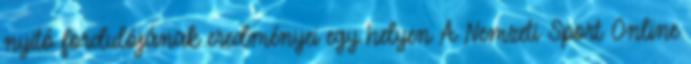
nyitó fordulójának eredményei egy helyen A Nemzeti Sport Online